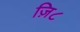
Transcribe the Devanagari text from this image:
ज़ि८